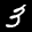
Label: 3